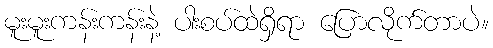
မူးမူးကန်းကန်းနဲ့ ပါးစပ်ထဲရှိရာ ပြောလိုက်တာပဲ။